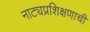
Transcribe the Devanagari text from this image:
नाट्यप्रशिक्षणाची